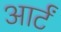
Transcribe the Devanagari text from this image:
आर्टं